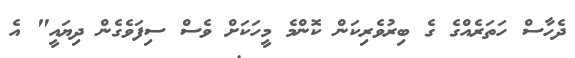
ދެހާސް ހަތަރެއްގެ ގެ ބިރުވެރިކަން ކޮންމެ މީހަކަށް ވެސް ސިފަވެގެން ދިޔައީ" އެ